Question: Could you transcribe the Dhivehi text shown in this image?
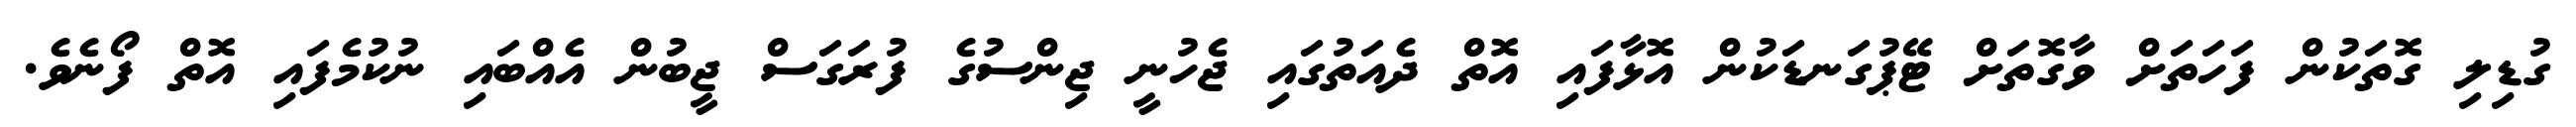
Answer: ގުޑިލި ގޮތަކުން ފަހަތަށް ވާގޮތަށް ޓޭޕުގަނޑަކުން އޮޅާފައި އޮތް ދެއަތުގައި ޖެހުނީ ޖިންސުގެ ފުރަގަސް ޖީބުން އެއްބައި ނުކުމެފައި އޮތް ފޯނެވެ.